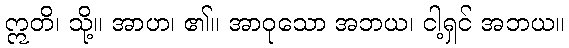
ဣတိ၊ သို့။ အာဟ၊ ၏။ အာဝုသော အဘယ၊ ငါ့ရှင် အဘယ။